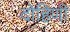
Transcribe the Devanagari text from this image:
दोहिणी